Leaving Certificate Examination, 1916
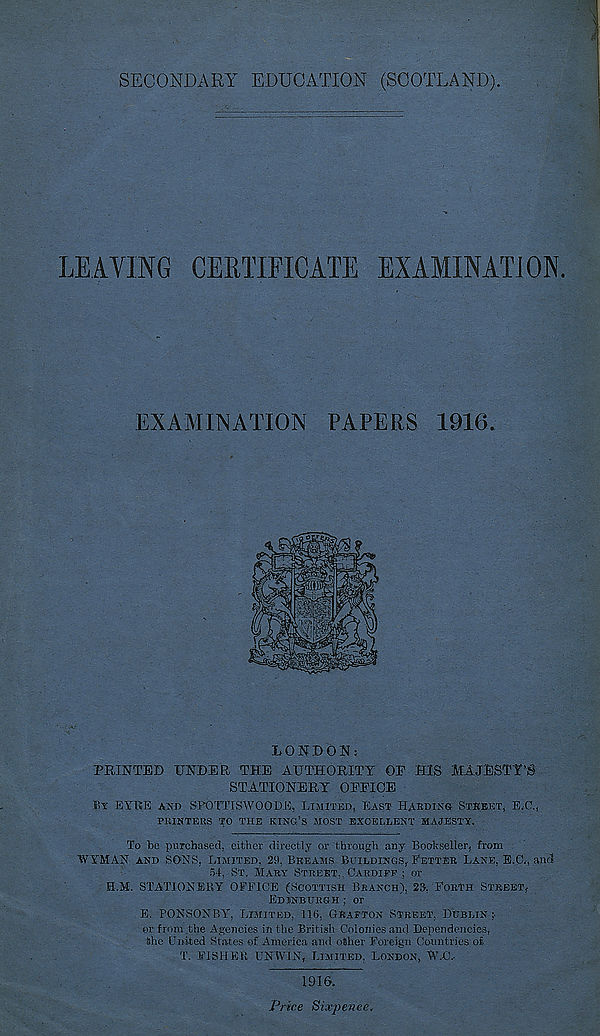
SECONDARY EDUCATION (SCOTLAND).
LEAVING CERTIFICATE EXAMINATION
EXAMINATION PAPERS 1916.
LONDON:
PRINTED UNDER THE AUTHORITY OP HIS MAJESTY’S
STATIONERY OFFICE
By EYRE and SPOTTISWOOD.U, Limited, East Habdixg Street, E.C.,
PRINTERS TO THE KING’S MOST EXCELLENT MAJESTY.
To be purchased, either directly or through any Bookseller, from
WYMAN and SONS, Limited, 29, Breams Buildings, Fetter Lane, E.C,, anti
54, St. Mary Street,. Cardiff : or
B.M. STATIONERY OFFICE (Scottish Branch), 23, Forth Street,
Edinburgh ; or
E. PONSONBY, Limited, 116, Grafton Street, Dublin ;■
or from the Agencies in the British Colonies and Dependencies,
She United States of America and other Foreign Countries oi
T. FISHER UNWIN, Limited, London, W.C,
1916.
Price Sixpence,